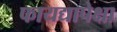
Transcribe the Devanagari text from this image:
फायद्यापेक्षा